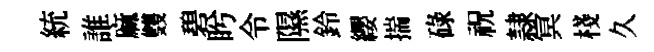
統誰麻䨇碧盻令隰鈴纓揣碌祝隷㝠棧久